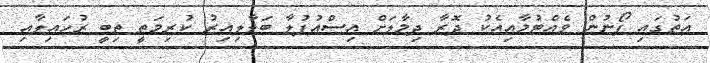
އަތުގައި ފޯނުން ވެއްޓުމާއިއެކު ދޮރާ ދިމާލަށް އިސްއުފުލާ ބަލާލިއިރު ކުރިމަތީ ތިބީ ރުހައިލާއި